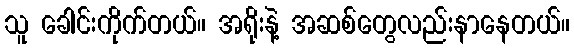
သူ ခေါင်းကိုက်တယ်။ အရိုးနဲ့ အဆစ်တွေလည်းနာနေတယ်။